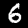
Digit: 6